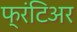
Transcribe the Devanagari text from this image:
फ्रंटिअर